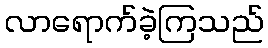
လာရောက်ခဲ့ကြသည်